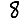
Digit: 8